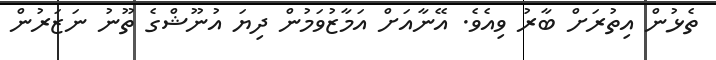
ތެޅުން އިތުރަށް ބާރު ވިއެވެ. އޭނާއަށް އަމާޒުވަމުން ދިޔަ އުނޫޝްގެ ތޫނު ނަޒަރުން